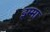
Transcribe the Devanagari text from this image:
इम्मा